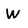
Character: W